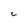
Character: C